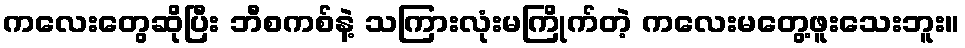
ကလေးတွေဆိုပြီး ဘီစကစ်နဲ့ သကြားလုံးမကြိုက်တဲ့ ကလေးမတွေ့ဖူးသေးဘူး။